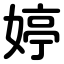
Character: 婷